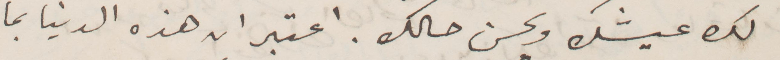
لك عيشك ويحسن حالك. اعتبر ان هذه الدنيا بما